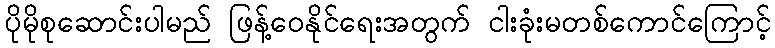
ပိုမိုစုဆောင်းပါမည် ဖြန့်ဝေနိုင်ရေးအတွက် ငါးခုံးမတစ်ကောင်ကြောင့်